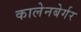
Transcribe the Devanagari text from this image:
कालेनबेर्गर